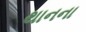
થાનના